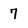
Character: 7